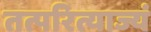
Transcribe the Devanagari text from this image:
तत्परित्याज्यं